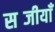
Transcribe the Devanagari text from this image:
सब्जीयाँ